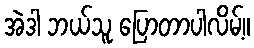
အဲဒါ ဘယ်သူ ပြောတာပါလိမ့်။